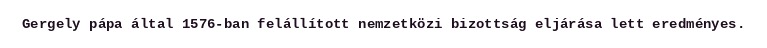
Gergely pápa által 1576-ban felállított nemzetközi bizottság eljárása lett eredményes.